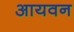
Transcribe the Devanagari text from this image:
आयवन